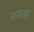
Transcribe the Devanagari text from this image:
ननतर